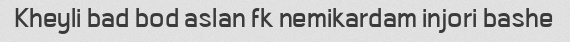
Kheyli bad bod aslan fk nemikardam injori bashe